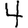
Digit: 4